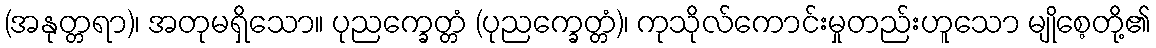
(အနုတ္တရာ)၊ အတုမရှိသော။ ပုညက္ခေတ္တံ (ပုညက္ခေတ္တံ)၊ ကုသိုလ်ကောင်းမှုတည်းဟူသော မျိုစေ့တို့၏